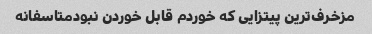
مزخرف‌ترین پیتزایی که خوردم قابل خوردن نبودمتاسفانه